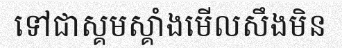
ទៅជាស្គមស្គាំងមើលសឹងមិន